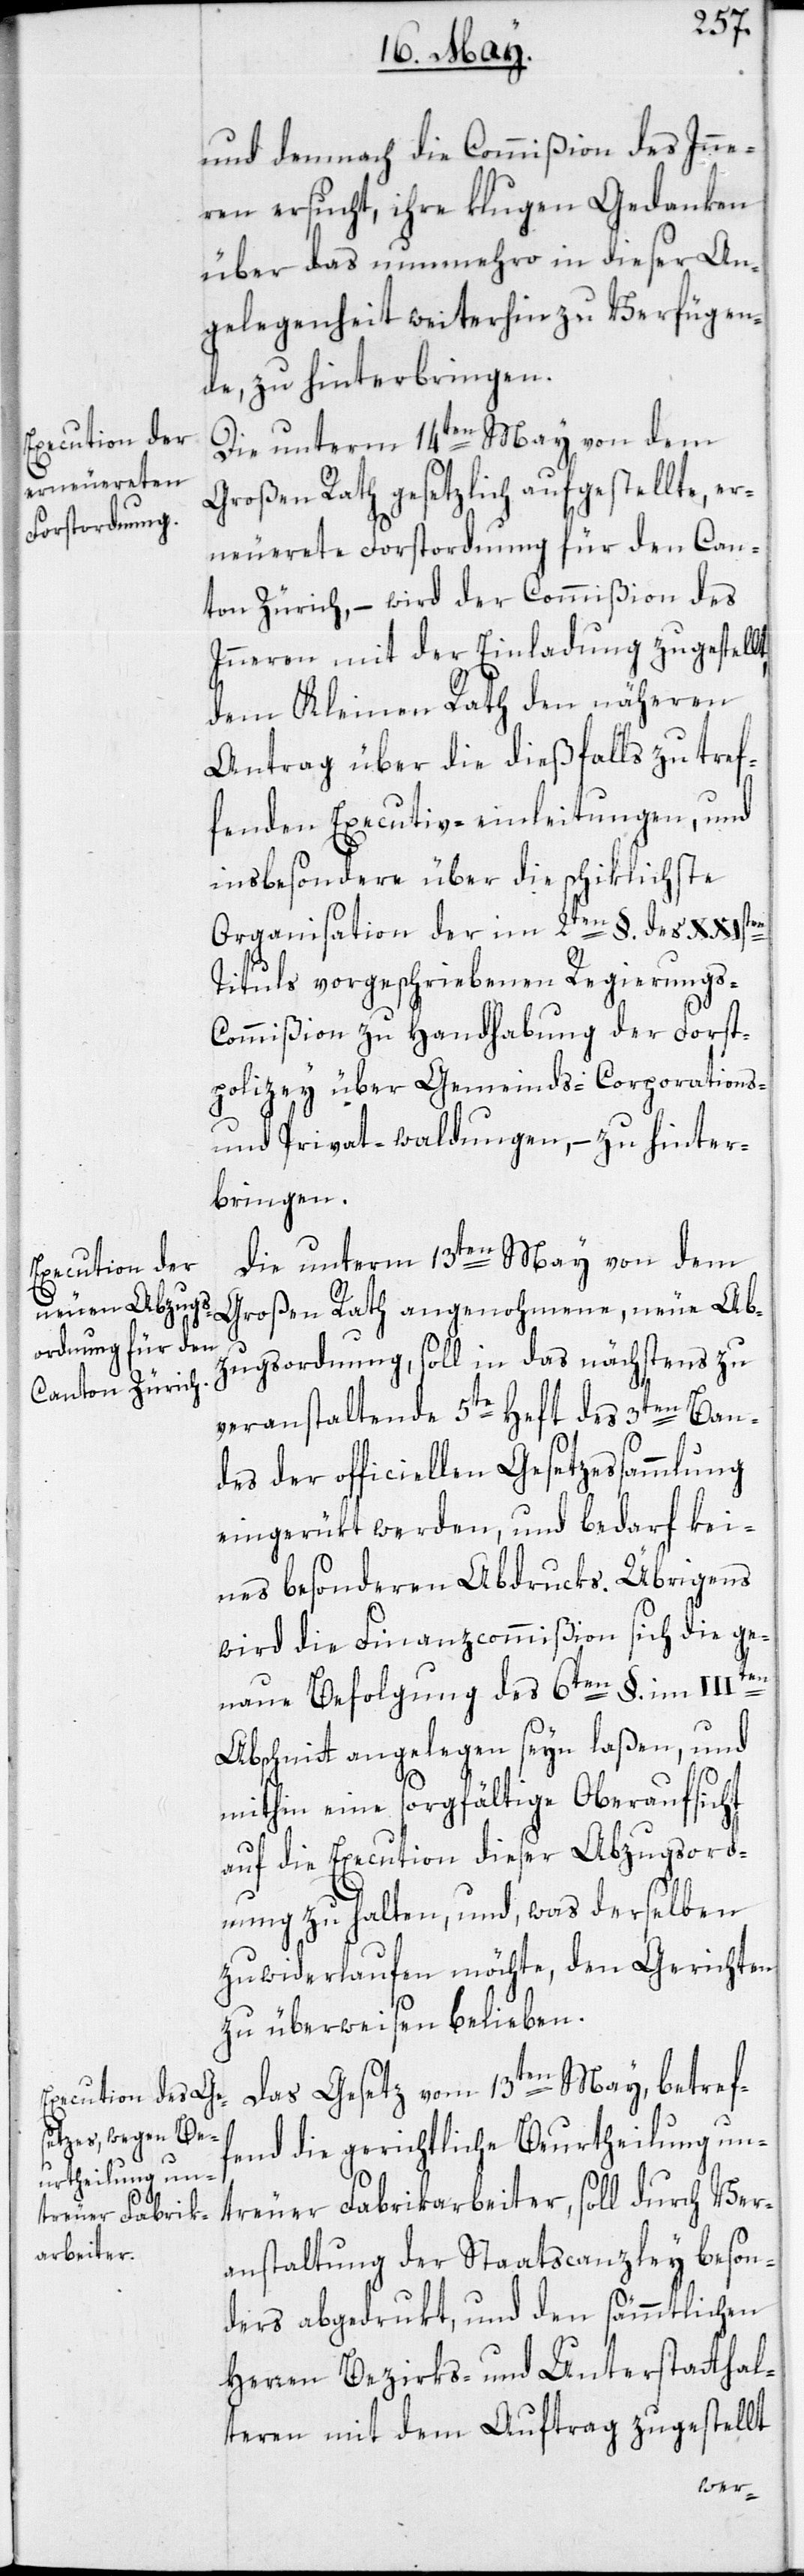
und demnach die Commißion des Inne¬
ren ersucht, ihre klugen Gedanken
über das nunmehro in dieser An¬
gelegenheit weiterhin zu Verfügen¬
de, zu hinterbringen.
Die unterm 13ten May von dem
Großen Rath gesetzlich aufgestellte, er¬
neuerete Forstordnung für den Can¬
ton Zürich, – wird der Commißion des
Inneren mit der Einladung zugestellt,
dem Kleinen Rath den näheren
Antrag über die dießfalls zu tref¬
fenden Executiv-einleitungen, und
insbesondere über die schiklichste
Organisation der im 2ten §. des XXIsten
Tituls vorgeschriebenen Regierungs-C¬
ommißion zu Handhabung der Forst¬
polizey über Gemeinds-[,] Corporations-
und Privat-waldungen, – zu hinter¬
bringen.
Großen Rath angenohmene, neue Ab¬
zugsordnung, soll in das nächstens zu
veranstaltende 5te Heft des 3ten Ban¬
des der officiellen Gesetzessammlung
eingerükt werden, und bedarf kei¬
nes besondern Abdrucks. Übrigens
wird die Finanzcommißion sich die ge¬
naue Befolgung des 6ten §. im IIIten
Abschnitt angelegen seyn laßen, und
mithin eine sorgfältige Oberaufsicht
auf die Execution dieser Abzugsord¬
nung zu halten, und, was derselben
zuwiderlaufen möchte, den Gerichten
zu überweisen belieben.
Das Gesetz vom 13ten May, betref¬
fend die gerichtliche Beurtheilung un¬
treuer Fabrikarbeiter, soll durch Ver¬
anstaltung der Staatscanzley beson¬
ders abgedrukt, und den sämmtlichen
Herren Bezirks- und Unterstatthal¬
teren mit dem Auftrag zugestellt